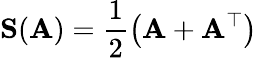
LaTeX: \mathbf{S}(\mathbf{A})=\frac{1}{2}\left(\mathbf{A}+\mathbf{A}^{\top}\right)